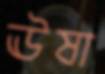
ঊষা